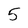
Character: 5